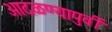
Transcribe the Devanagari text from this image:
आदळण्यापुर्वी